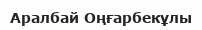
Аралбай Оңғарбекұлы